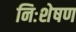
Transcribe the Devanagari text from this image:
निःशेषण